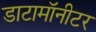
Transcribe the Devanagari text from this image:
डाटामॉनीटर